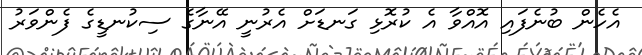
އެހެން ބުނެފައި އޮއްވާ އެ ކުރޮޅި ގަނޑަށް އެރުނީ އޭނާގެ ސިކުނޑީގެ ފެންވަރު